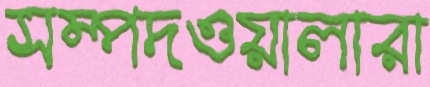
সম্পদওয়ালারা